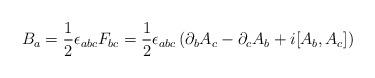
LaTeX: \begin{align*}B_a ={1\over 2}\epsilon_{abc}F_{bc}= {1\over 2}\epsilon_{abc} \left(\partial_b A_c -\partial_c A_b +i[A_b,A_c] \right)\end{align*}